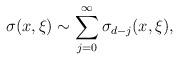
LaTeX: \begin{align*} \sigma (x, \xi) \sim\sum_{j=0}^\infty \sigma_{d-j} (x, \xi),\end{align*}